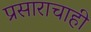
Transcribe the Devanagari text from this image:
प्रसाराचाही